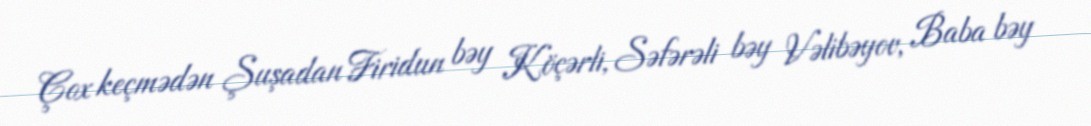
Çox keçmədən Şuşadan Firidun bəy Köçərli, Səfərəli bəy Vəlibəyov, Baba bəy